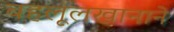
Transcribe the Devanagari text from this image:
बहलूलखानाने